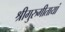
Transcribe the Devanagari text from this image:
श्रीगुरुगीतायां